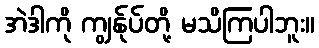
အဲဒါကို ကျွန်ုပ်တို့ မသိကြပါဘူး။